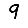
Digit: 9